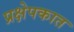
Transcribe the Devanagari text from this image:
प्रक्षेपकात